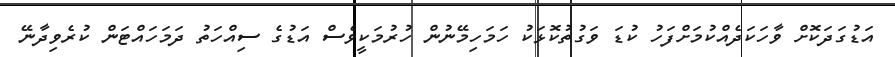
އަޑުގަދަކޮށް ވާހަކަދެއްކުމަށްފަހު ކުޑަ ވަގުތުކޮޅަކު ހަމަހިމޭނުން ހުރުމަކީވެސް އަޑުގެ ސިއްހަތު ދަމަހައްޓަން ކުރެވިދާނޭ